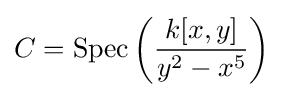
C={\text{Spec}}\left({\frac {k[x,y]}{y^{2}-x^{5}}}\right)